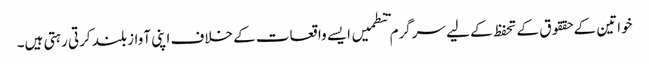
خواتین کے حققوق کے تحفظ کے لیے سرگرم تنطمیں ایسے واقعات کے خلاف اپنی آواز بلند کرتی رہتی ہیں۔